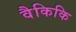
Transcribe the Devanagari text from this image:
वैकिकि